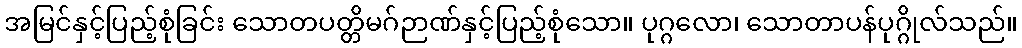
အမြင်နှင့်ပြည့်စုံခြင်း သောတပတ္တိမဂ်ဉာဏ်နှင့်ပြည့်စုံသော။ ပုဂ္ဂလော၊ သောတာပန်ပုဂ္ဂိုလ်သည်။